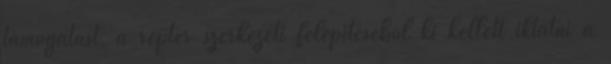
támogatást, a reptér szerkezeti felépítéséből ki kellett iktatni a